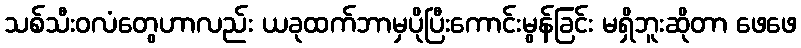
သစ်သီးဝလံတွေဟာလည်း ယခုထက်ဘာမှပိုပြီးကောင်းမွန်ခြင်း မရှိဘူးဆိုတာ ဖေဖေ